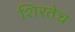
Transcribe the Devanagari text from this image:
शिरतेच